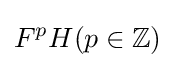
F^{p}H(p\in \mathbb {Z} )